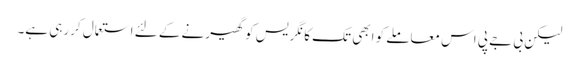
لیکن بی جے پی اس معاملے کو ابھی تک کانگریس کو گھیرنے کے لئے استعمال کررہی ہے۔